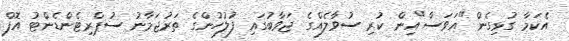
އެކަމާ ގުޅިގެން "އަވަސް"އިން ކުރި ސުވާލެއްގެ ޖަވާބުގައި ފުލުހުންގެ ތަރުޖަމާނު ސުޕްރިޓެންޑެންޓު އޮފް